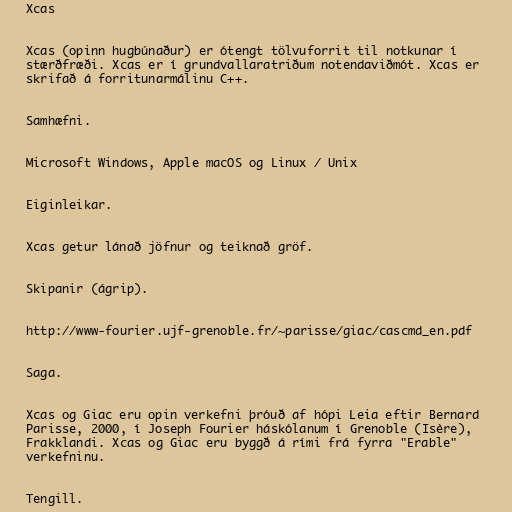
Xcas

Xcas (opinn hugbúnaður) er ótengt tölvuforrit til notkunar í
stærðfræði. Xcas er í grundvallaratriðum notendaviðmót. Xcas er
skrifað á forritunarmálinu C++.

Samhæfni.

Microsoft Windows, Apple macOS og Linux / Unix

Eiginleikar.

Xcas getur lánað jöfnur og teiknað gröf.

Skipanir (ágrip).

http://www-fourier.ujf-grenoble.fr/~parisse/giac/cascmd_en.pdf

Saga.

Xcas og Giac eru opin verkefni þróuð af hópi Leia eftir Bernard
Parisse, 2000, í Joseph Fourier háskólanum í Grenoble (Isère),
Frakklandi. Xcas og Giac eru byggð á rími frá fyrra "Erable"
verkefninu.

Tengill.